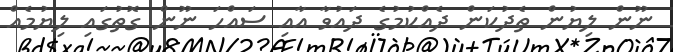
ނޫން ލިޔުން ތެދުކަން ދެއްކުމުގެ ދައުވާ އާއި ސައްހަ ނޫން ގޮތުގައި ލިޔުމެއް